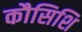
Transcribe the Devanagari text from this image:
कौसिशि